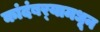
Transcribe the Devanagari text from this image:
कांदंबर्‍यामधून